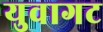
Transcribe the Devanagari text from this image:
युवागट